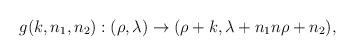
LaTeX: \begin{align*}g(k,n_1,n_2):(\rho,\lambda) \rightarrow (\rho+k,\lambda+n_1n \rho+n_2),\end{align*}